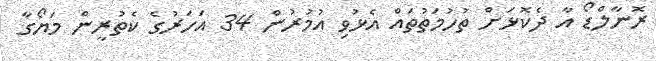
ރޮނާލްޑޯ އާ ދެކޮޅަށް ތުހުމަތުތައް އެޅުވި އުމުރުން 34 އަހަރުގެ ކެތުރީން މަޔޯގާ